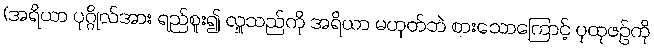
(အရိယာ ပုဂ္ဂိုလ်အား ရည်စူး၍ လှူသည်ကို အရိယာ မဟုတ်ဘဲ စားသောကြောင့် ပုထုဇဉ်ကို